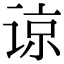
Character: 谅